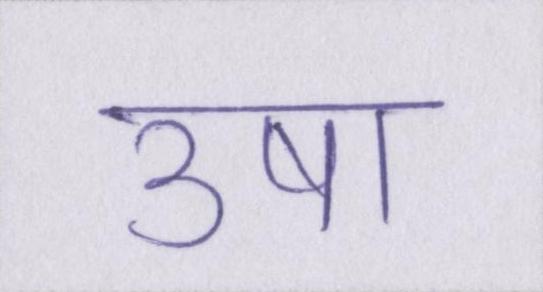
उषा